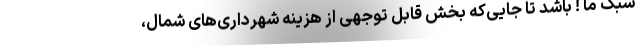
سبک ما ! باشد تا جایی‌که بخش قابل توجهی از هزینه شهرداری‌های شمال،